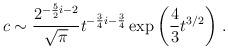
LaTeX: \begin{align*}c\sim {2^{-{5\over 2}i-2}\over \sqrt{\pi}} t^{-{3\over 4}i - {3\over 4}}\exp\left({4\over 3} t^{3/2}\right)\, .\end{align*}